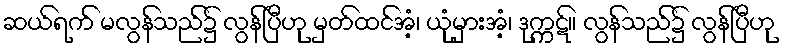
ဆယ်ရက် မလွန်သည်၌ လွန်ပြီဟု မှတ်ထင်အံ့၊ ယုံမှားအံ့၊ ဒုက္ကဋ်။ လွန်သည်၌ လွန်ပြီဟု